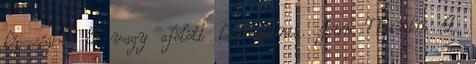
képességhez 3 vagy afölött kell dobnia. Jun Minden 4.